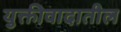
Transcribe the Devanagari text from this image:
युक्तीवादातील